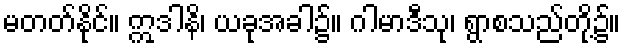
မတတ်နိုင်။ ဣဒါနိ၊ ယခုအခါ၌။ ဂါမာဒီသု၊ ရွာစသည်တို့၌။